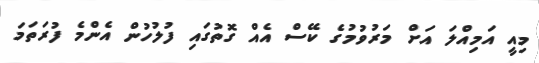
މިއީ އަމިއްލަ އަށް މަރުވުމުގެ ކޭސް އެއް ގޮތުގައި ފުލުހުން އެންމެ ފުރަތަމަ